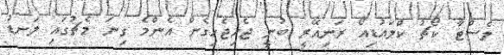
ލެސްޓާ ކޯޗު ކްލައުޑިއޯ ރަނިއޭރީ ބުނީ ޖެހިޖެހިގެން އެންމެ ގިނަ މެޗުގައި ލަނޑު